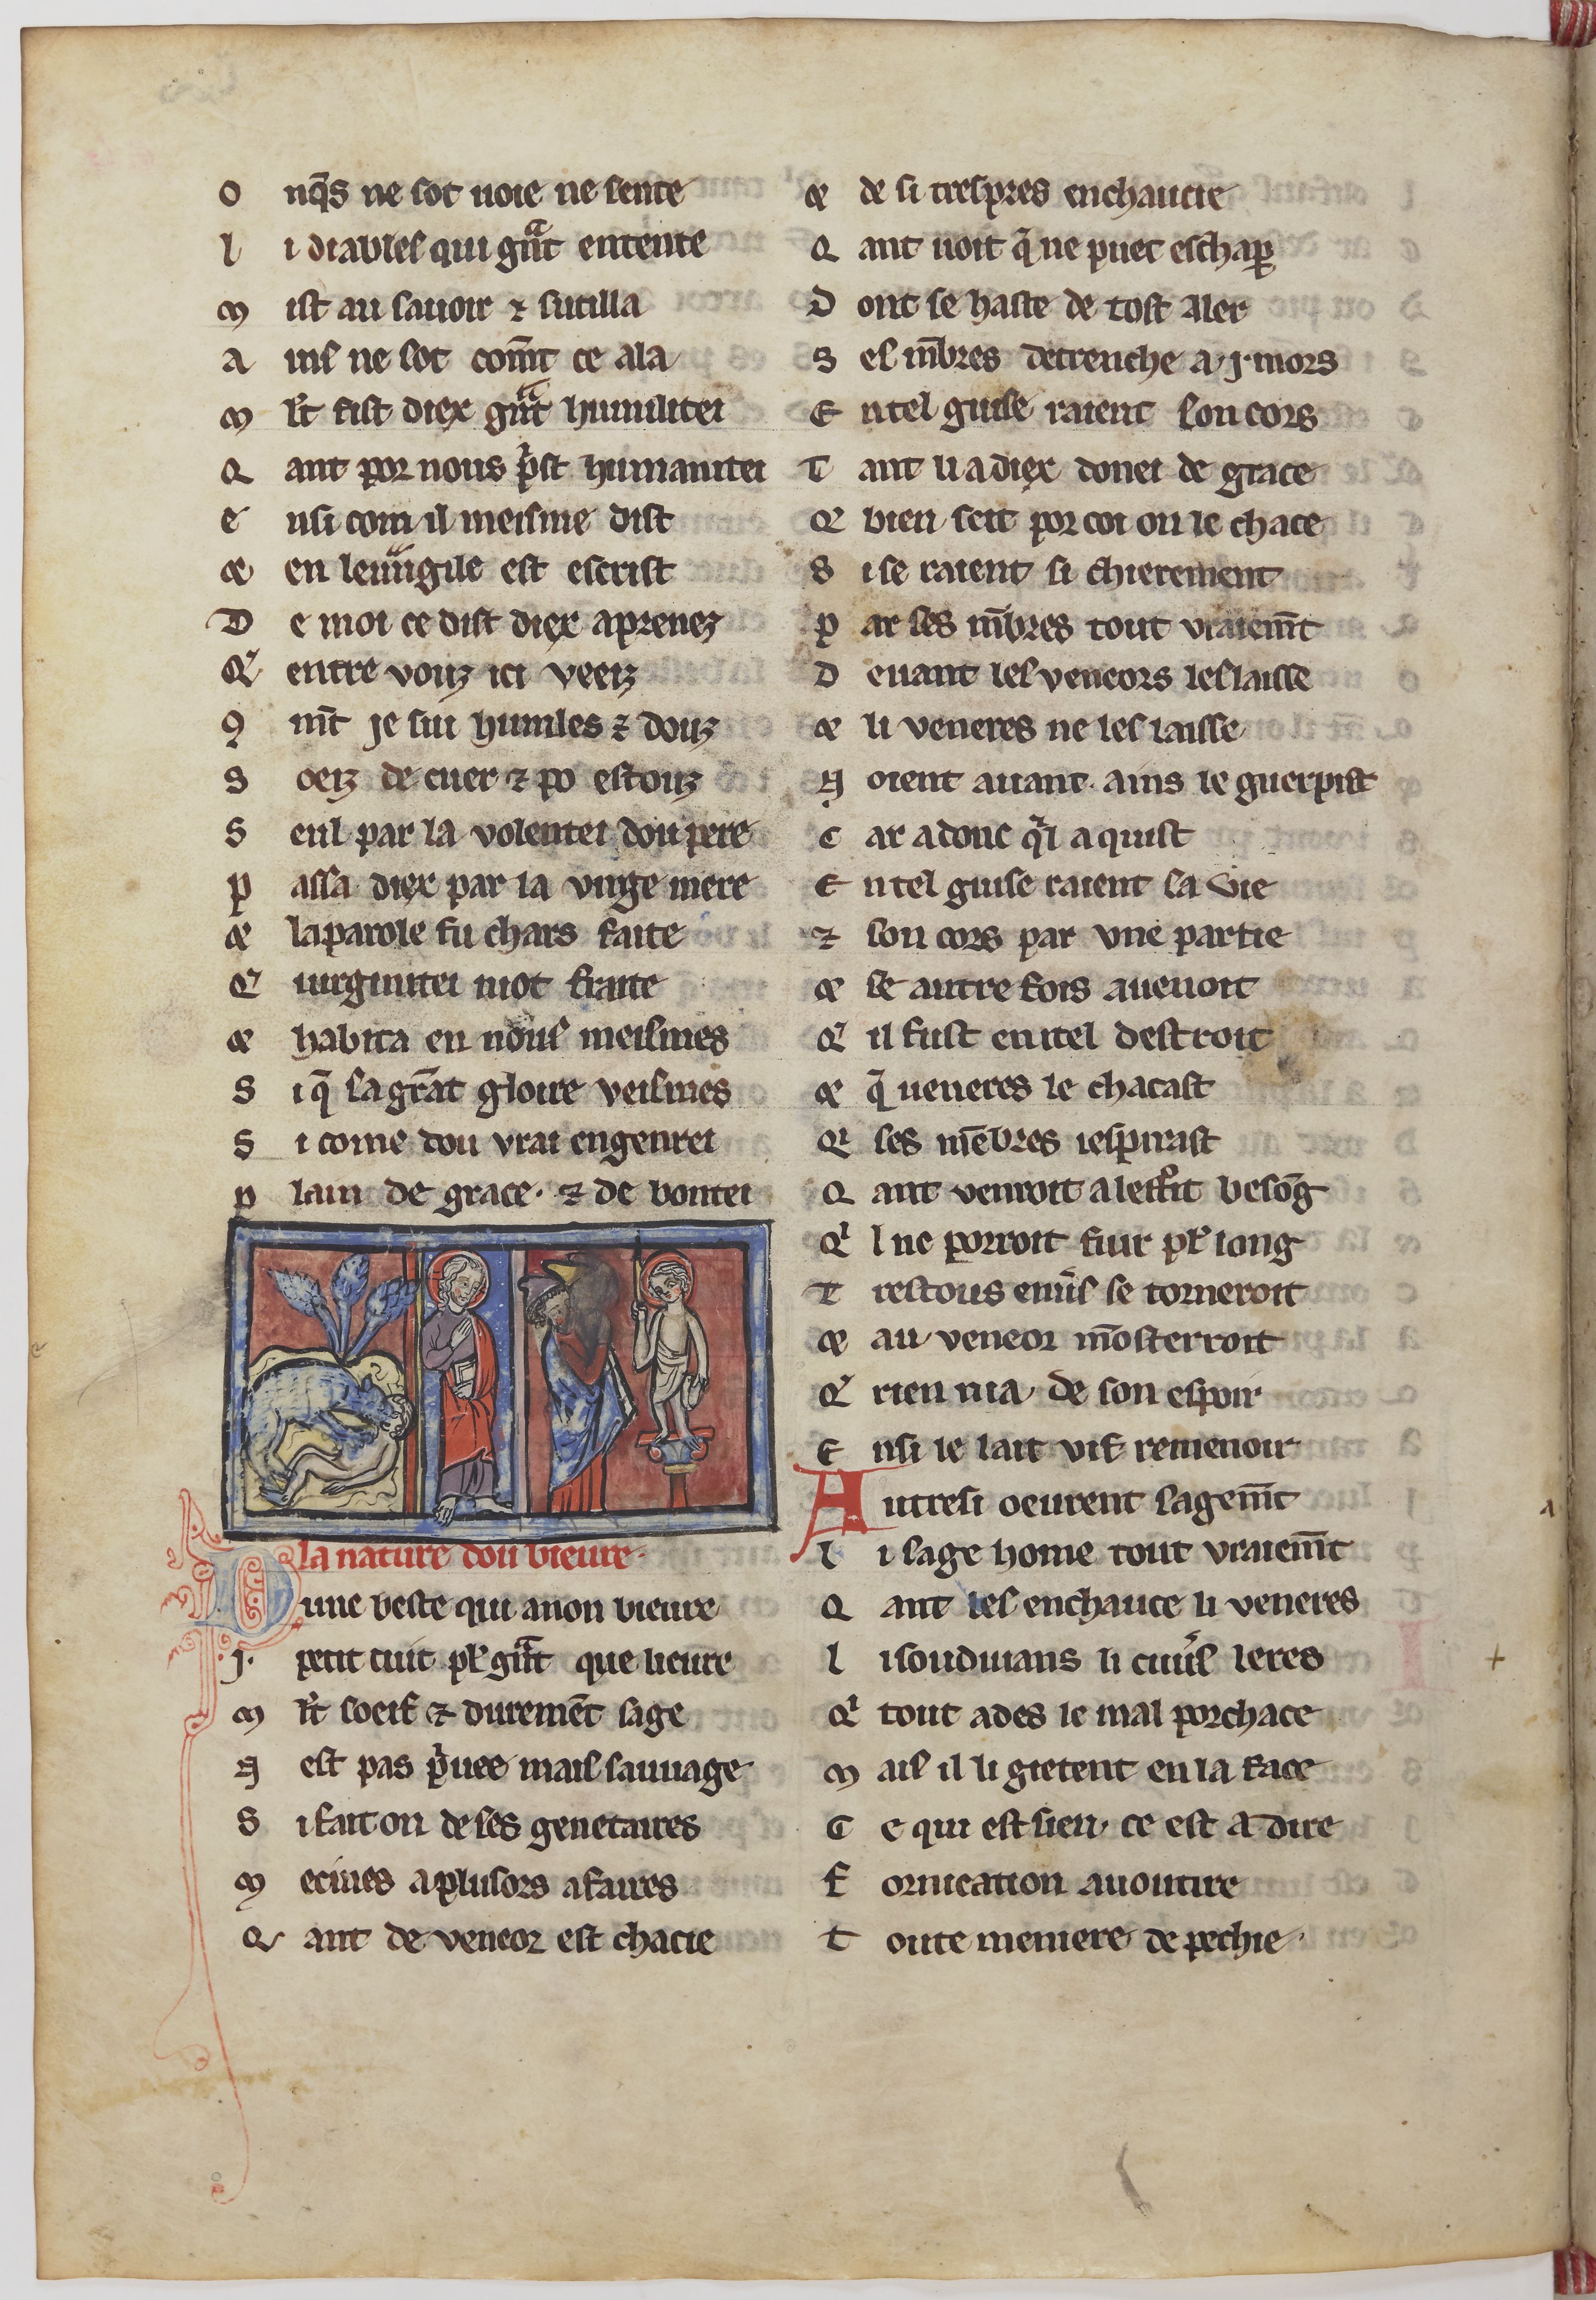
Shelfmark: Paris, BnF, fr. 24428
Century: 13